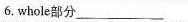
6.whole部分___